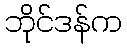
ဘိုင်ဒန်က